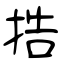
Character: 捁